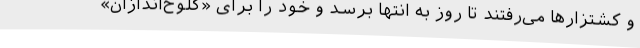
و کشتزارها می‌رفتند تا روز به انتها برسد و خود را برای «کُلوخ‌اندازان»